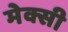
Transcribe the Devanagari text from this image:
मेक्सी